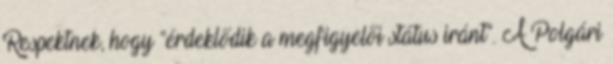
Respektnek, hogy “érdeklődik a megfigyelői státus iránt“. A Polgári